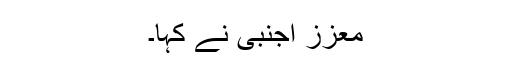
معزز اجنبی نے کہا۔